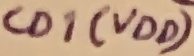
Text: CD1(VDD)